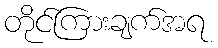
တိုင်ကြားချက်အရ